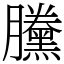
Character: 黱